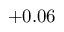
+ 0 . 0 6